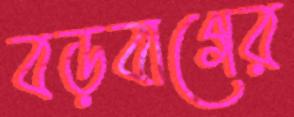
বড়বাগের